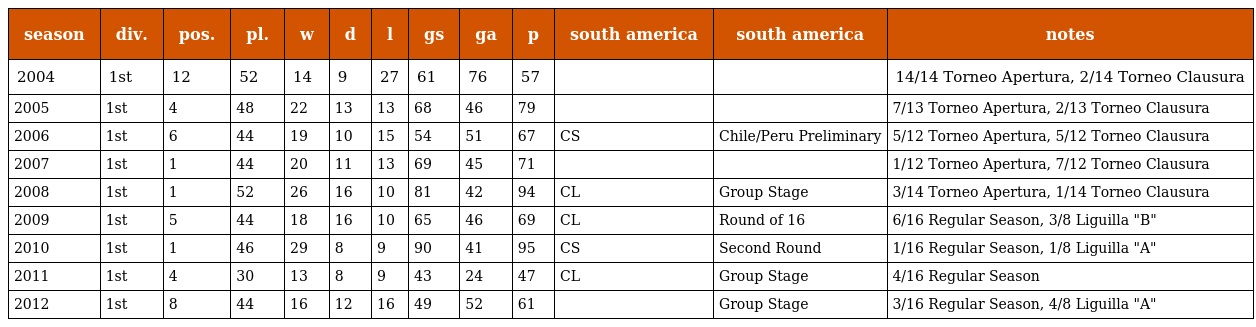
| season | div. | pos. | pl. | w | d | l | gs | ga | p | south america | south america | notes |
 | --- | --- | --- | --- | --- | --- | --- | --- | --- | --- | --- | --- | --- |
 | 2004 | 1st | 12 | 52 | 14 | 9 | 27 | 61 | 76 | 57 |  |  | 14/14 Torneo Apertura, 2/14 Torneo Clausura |
 | 2005 | 1st | 4 | 48 | 22 | 13 | 13 | 68 | 46 | 79 |  |  | 7/13 Torneo Apertura, 2/13 Torneo Clausura |
 | 2006 | 1st | 6 | 44 | 19 | 10 | 15 | 54 | 51 | 67 | CS | Chile/Peru Preliminary | 5/12 Torneo Apertura, 5/12 Torneo Clausura |
 | 2007 | 1st | 1 | 44 | 20 | 11 | 13 | 69 | 45 | 71 |  |  | 1/12 Torneo Apertura, 7/12 Torneo Clausura |
 | 2008 | 1st | 1 | 52 | 26 | 16 | 10 | 81 | 42 | 94 | CL | Group Stage | 3/14 Torneo Apertura, 1/14 Torneo Clausura |
 | 2009 | 1st | 5 | 44 | 18 | 16 | 10 | 65 | 46 | 69 | CL | Round of 16 | 6/16 Regular Season, 3/8 Liguilla "B" |
 | 2010 | 1st | 1 | 46 | 29 | 8 | 9 | 90 | 41 | 95 | CS | Second Round | 1/16 Regular Season, 1/8 Liguilla "A" |
 | 2011 | 1st | 4 | 30 | 13 | 8 | 9 | 43 | 24 | 47 | CL | Group Stage | 4/16 Regular Season |
 | 2012 | 1st | 8 | 44 | 16 | 12 | 16 | 49 | 52 | 61 |  | Group Stage | 3/16 Regular Season, 4/8 Liguilla "A" |